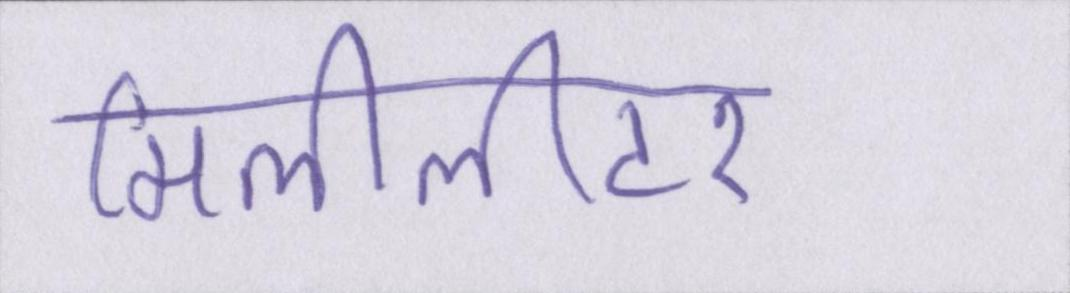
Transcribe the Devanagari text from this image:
मिलीलीटर